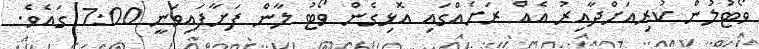
ވޯޓުލުން ކުރިއަށްދާއިރު އެއް ރަށެއްގައި އޮޅިގެން ވޯޓު ލާން ފަށާފައިވަނީ 7:00 ގައެވެ.